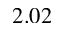
2 . 0 2